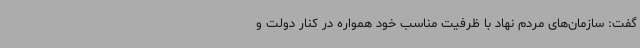
گفت: سازمان‌های مردم نهاد با ظرفیت مناسب خود همواره در کنار دولت و